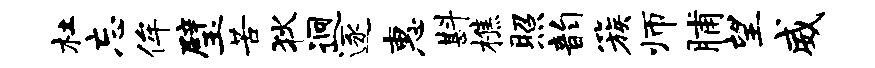
杜忘侔璧苦狄迥逐惠斟樵照韵簇师脯望威